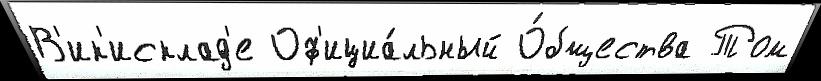
В'ик'исклад'е Оф'ициа́льный О́бщества Том